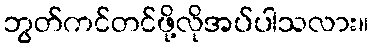
ဘွတ်ကင်တင်ဖို့လိုအပ်ပါသလား။